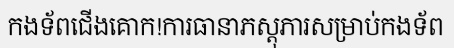
កងទ័ពជើងគោក!ការធានាភស្តុភារសម្រាប់កងទ័ព